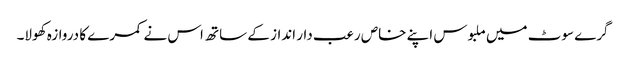
گرے سوٹ میں ملبوس اپنے خاص رعب دار انداز کے ساتھ اس نے کمرے کا دروازہ کھولا۔